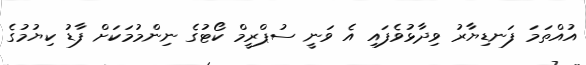
އުއްތަމަ ފަނޑިޔާރު ވިދާޅުވެފައި އެ ވަނީ ސުޕްރީމް ކޯޓުގެ ނިންމުމަކަށް ފާޑު ކިޔުމުގެ